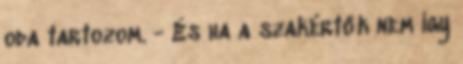
oda tartozom. - És ha a szakértők nem így